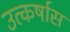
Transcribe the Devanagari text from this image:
उत्कर्षास